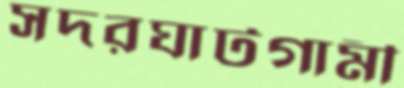
সদরঘাটগামী